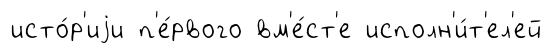
исто́р'иjи п'е́рвого вм'е́ст'е исполн'и́т'ел'ей